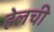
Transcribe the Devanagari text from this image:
हेलची